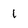
Character: i